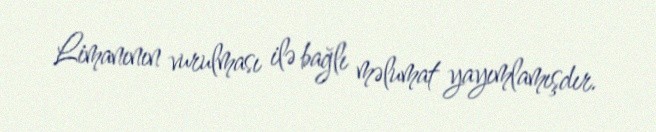
Limanının vurulması ilə bağlı məlumat yayımlamışdır.